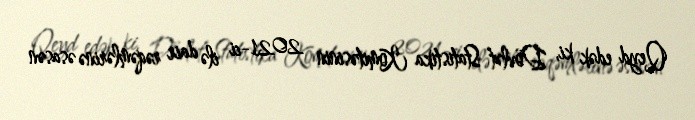
Qeyd edək ki, Dövlət Statistika Komitəsinin 2021-ci ilə dair rəqəmlərinə əsasən